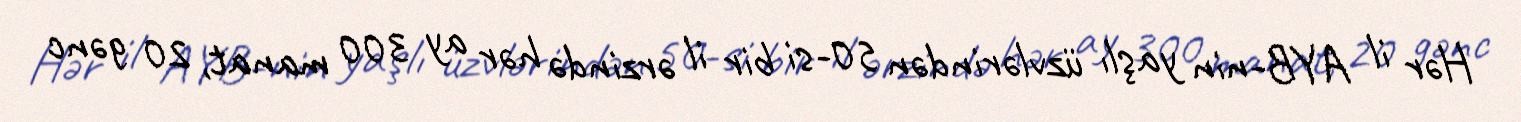
Hər il AYB-nin yaşlı üzvlərindən 50-si bir il ərzində hər ay 300 manat, 20 gənc